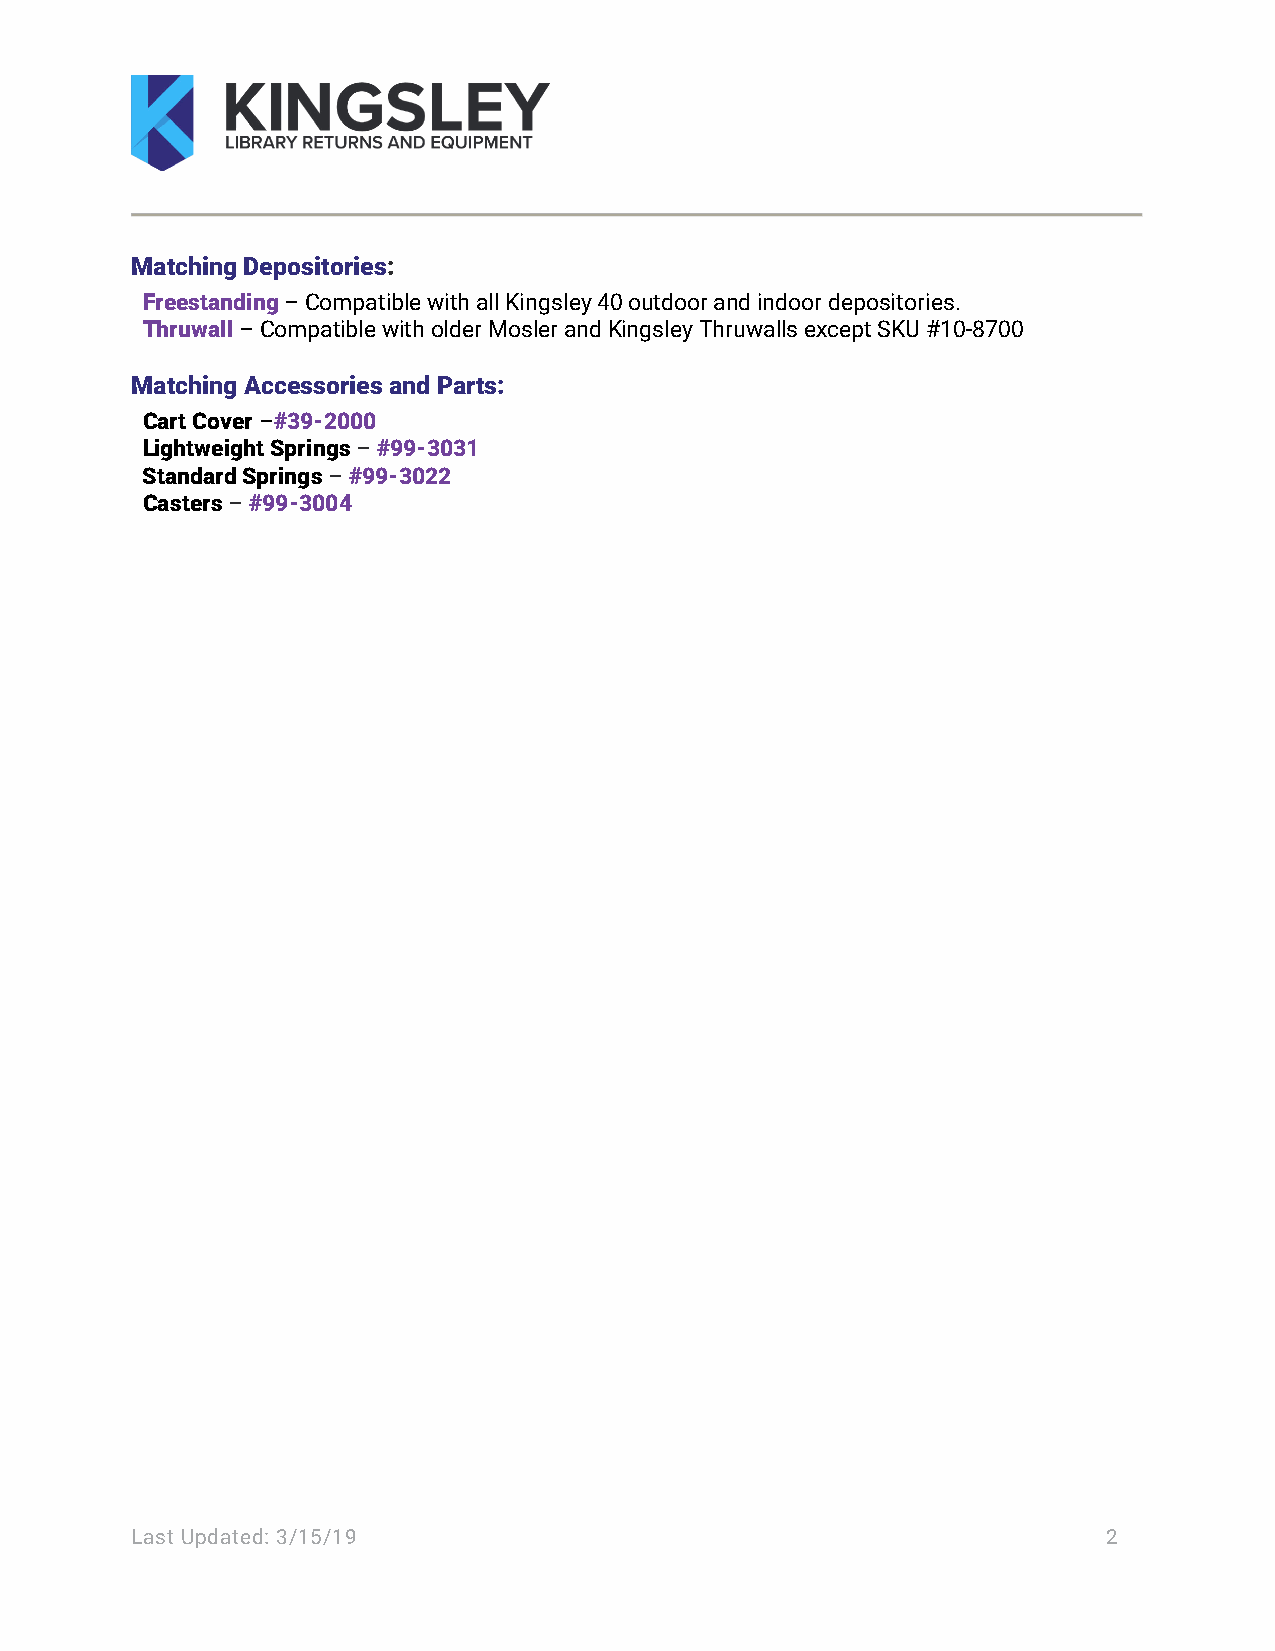
Matching Depositories:
 Freestanding – Compatible with all Kingsley 40 outdoor and indoor depositories.
 Thruwall – Compatible with older Mosler and Kingsley Thruwalls except SKU #10-8700
 Matching Accessories and Parts:
 Cart Cover –#39-2000
 Lightweight Springs – #99-3031
 Standard Springs – #99-3022
 Casters – #99-3004
 Last Updated: 3/15/19                                           2